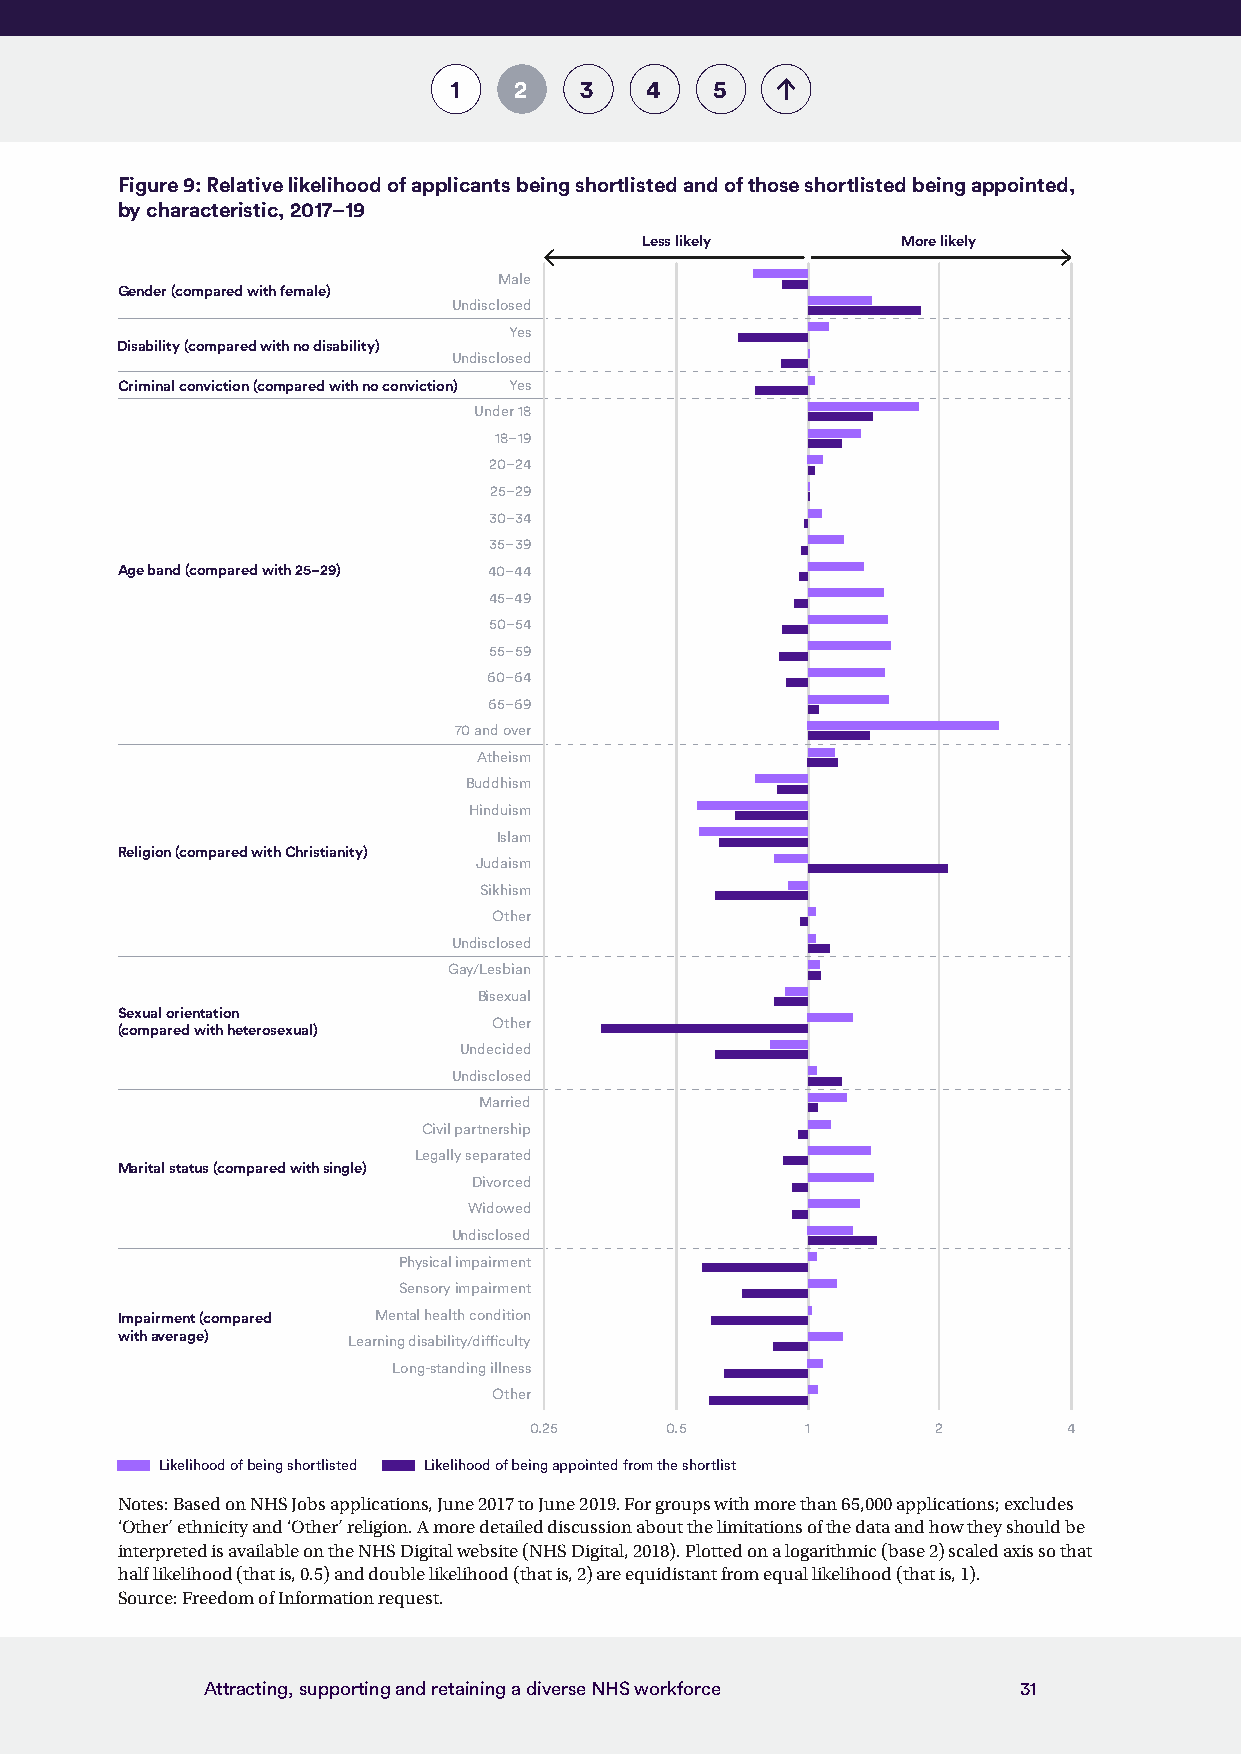
1   2   3    4   5
 Figure 9: Relative likelihood of applicants being shortlisted and of those shortlisted being appointed,
 by characteristic, 2017–19
 Less likely      More likely
 Male
 Gender (compared with female)
 Undisclosed
 Yes
 Disability (compared with no disability)
 Undisclosed
 Criminal conviction (compared with no conviction) Yes
 Under 18
 18–19
 20–24
 25–29
 30–34
 35–39
 Age band (compared with 25–29) 40–44
 45–49
 50–54
 55–59
 60–64
 65–69
 70 and over
 Atheism
 Buddhism
 Hinduism
 Islam
 Religion (compared with Christianity)
 Judaism
 Sikhism
 Other
 Undisclosed
 Gay/Lesbian
 Bisexual
 Sexual orientation
 Other
 (compared with heterosexual)
 Undecided
 Undisclosed
 Married
 Civil partnership
 Legally separated
 Marital status (compared with single)
 Divorced
 Widowed
 Undisclosed
 Physical impairment
 Sensory impairment
 Impairment (compared Mental health condition
 with average)  Learning disability/difficulty
 Long-standing illness
 Other
 0.25     0.5      1        2        4
 Likelihood of being shortlisted Likelihood of being appointed from the shortlist
 Notes: Based on NHS Jobs applications, June 2017 to June 2019. For groups with more than 65,000 applications; excludes
 ‘Other’ ethnicity and ‘Other’ religion. A more detailed discussion about the limitations of the data and how they should be
 interpreted is available on the NHS Digital website (NHS Digital, 2018). Plotted on a logarithmic (base 2) scaled axis so that
 half likelihood (that is, 0.5) and double likelihood (that is, 2) are equidistant from equal likelihood (that is, 1).
 Source: Freedom of Information request.
 Attracting, supporting and retaining a diverse NHS workforce 31